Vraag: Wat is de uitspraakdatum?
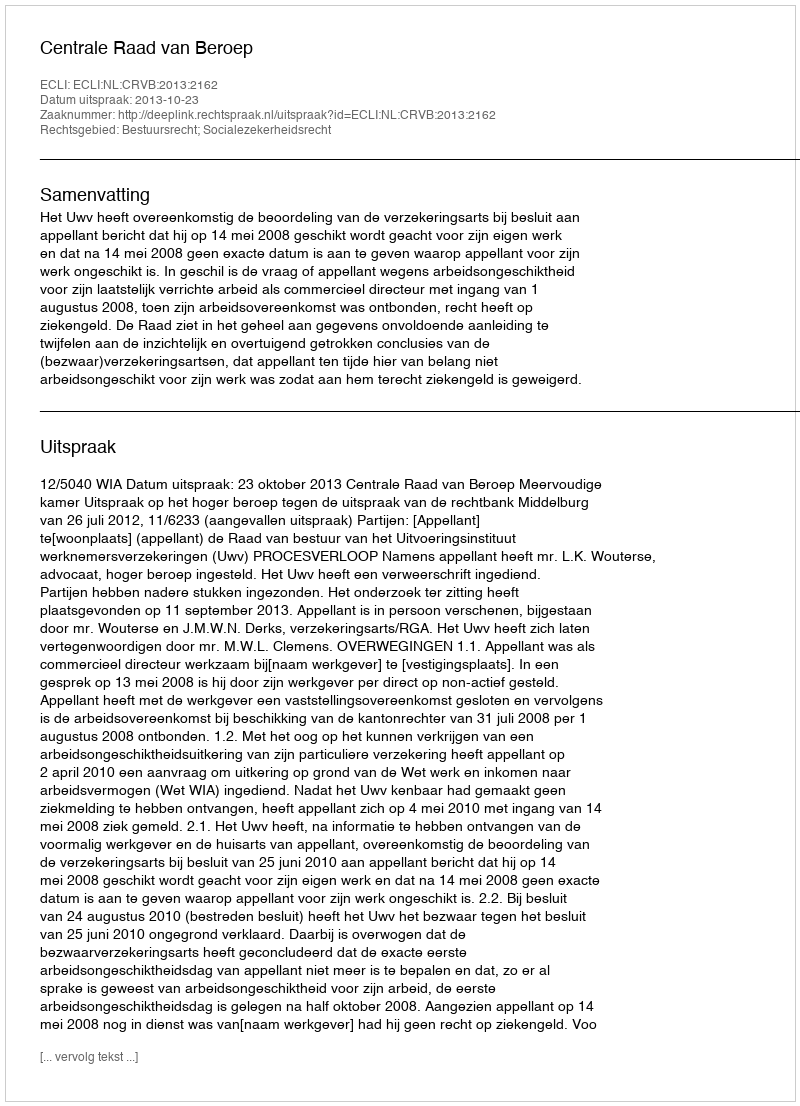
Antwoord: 2013-10-23